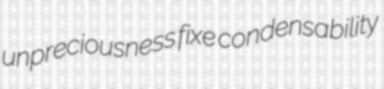
unpreciousness fixe condensability